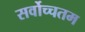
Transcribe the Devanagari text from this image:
सर्वोच्चतम